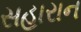
સહારાન